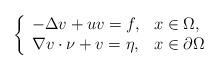
LaTeX: \begin{align*} \left\{\begin{array}{ll} -\Delta v+uv=f, &x\in\Omega,\\ \nabla v\cdot \nu+v= \eta, &x\in\partial\Omega\end{array}\right.\end{align*}